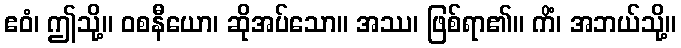
ဧဝံ၊ ဤသို့။ ဝစနီယော၊ ဆိုအပ်သော။ အဿ၊ ဖြစ်ရာ၏။ ကိံ၊ အဘယ်သို့။